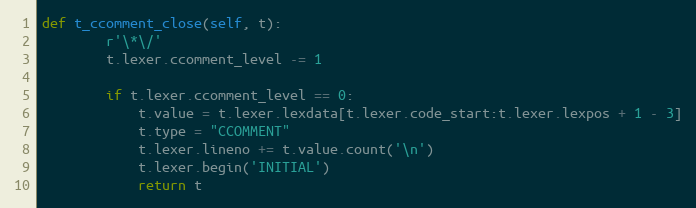
Language: Python
def t_ccomment_close(self, t):
        r'\*\/'
        t.lexer.ccomment_level -= 1

        if t.lexer.ccomment_level == 0:
            t.value = t.lexer.lexdata[t.lexer.code_start:t.lexer.lexpos + 1 - 3]
            t.type = "CCOMMENT"
            t.lexer.lineno += t.value.count('\n')
            t.lexer.begin('INITIAL')
            return t